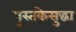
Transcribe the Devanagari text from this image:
पुस्तकेसुद्धा